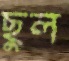
ছুল